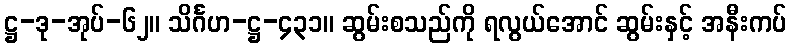
ဋ္ဌ-ဒု-အုပ်-၆၂။ သိင်္ဂဟ-ဋ္ဌ-၄၃၁။ ဆွမ်းစသည်ကို ရလွယ်အောင် ဆွမ်းနှင့် အနီးကပ်